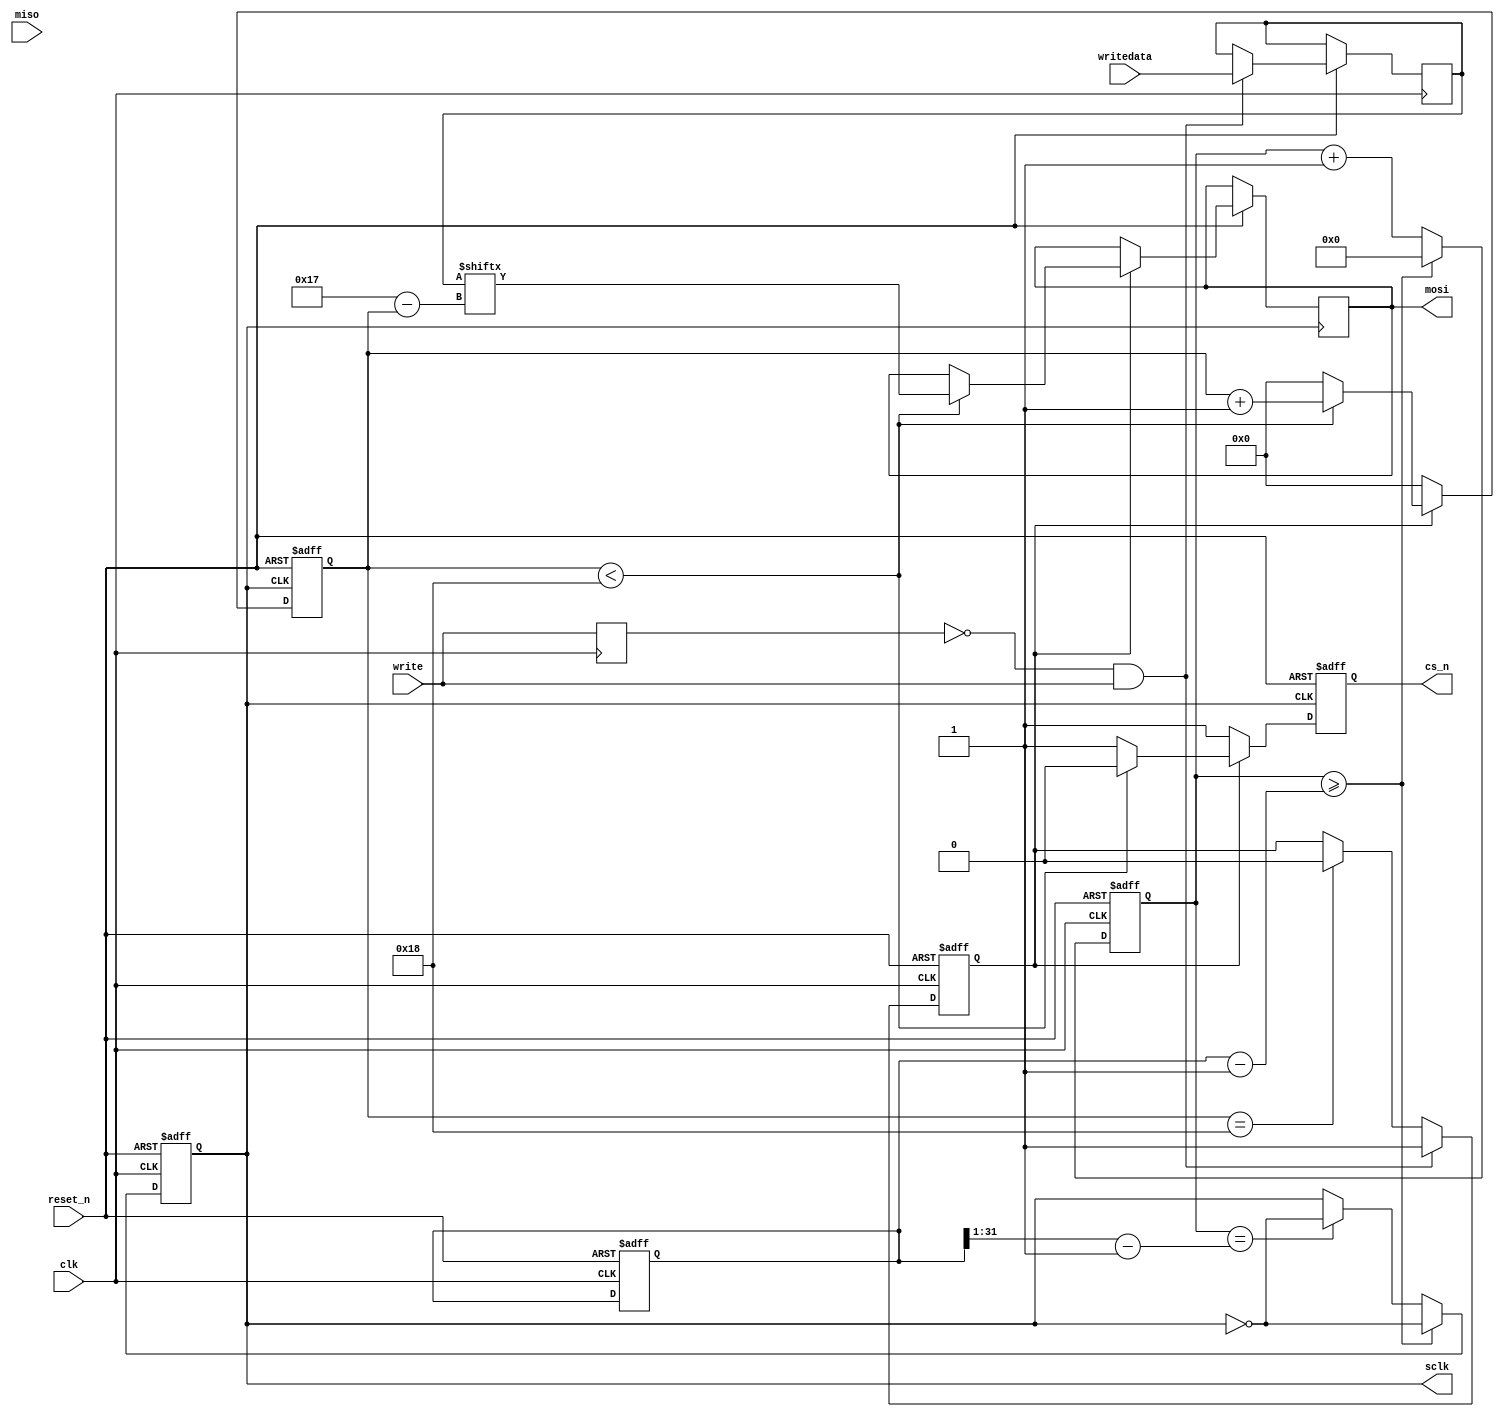
//------------------------------------------------
//   ad5781.v 
//   2018.8.1
//   create by mmh
//------------------------------------------------

module ad5781(
	clk,
	reset_n,
	writedata,
	write,
	miso, 
	mosi, 
	sclk,
	cs_n
);

	parameter SysFreq=32'd100000000;	//100M main freq
	parameter SclkFreq=32'd25000000;	//25M SPI clock

	input clk;
	input reset_n;
	input [23:0] writedata;
	input write;
	input miso;
	output reg mosi;
	output reg sclk;
	output reg cs_n;
	
	reg [31:0] freq_div;
	reg [31:0] clk_count;
	reg write_d1;
	reg [23:0] writedata_d1;
	reg send_flag;
	reg [7:0] bit_count;

  //generate spi clock
	always @(posedge clk or negedge reset_n)
	begin
		if (!reset_n) begin
			clk_count <= 0;
			sclk <= 0;
			freq_div <= SysFreq/SclkFreq;
		end	else begin
			if(clk_count>=(freq_div-1)) begin
				clk_count<=0;
				sclk <= ~sclk;
			end else if(clk_count==(freq_div>>1)-1) begin
				clk_count<=clk_count+1;
				sclk <= ~sclk;
			end else begin 
				clk_count<=clk_count+1;
				sclk <= sclk;
			end
		end
	end
	
	always @(posedge clk)
	begin
		write_d1 <= write;
	end
	
	//generate send_flag signal
	always @(posedge clk or negedge reset_n)
	begin
		if (!reset_n) begin
			send_flag <= 0;
		end	else begin
			if(!write_d1 & write) begin
				send_flag <= 1;
				writedata_d1 <= writedata;
			end else if(bit_count==24) send_flag <= 0;
			else send_flag <= send_flag; 
		end
	end
	
	//cs_n handle
	always @(posedge sclk or negedge reset_n)
	begin
		if (!reset_n) begin
			cs_n <= 1;
			bit_count <= 0;
		end	else begin
			if(send_flag)begin
				cs_n <= 0;
				if(bit_count<24)begin 
					mosi <= writedata_d1[23-bit_count];
					bit_count <= bit_count +1;
				end else begin
					bit_count <= 0;
					cs_n <= 1;
				end
			end else begin
				cs_n <= 1;
				bit_count <= 0;
			end
		end
	end
endmodule